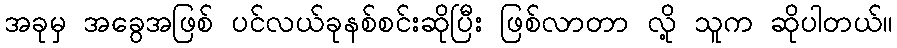
အခုမှ အခွေအဖြစ် ပင်လယ်ခုနစ်စင်းဆိုပြီး ဖြစ်လာတာ လို့ သူက ဆိုပါတယ်။